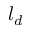
l _ { d }